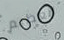
العظيم